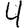
Digit: 4